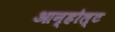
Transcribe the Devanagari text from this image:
आन्होल्ट